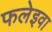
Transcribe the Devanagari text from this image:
फलेइवा